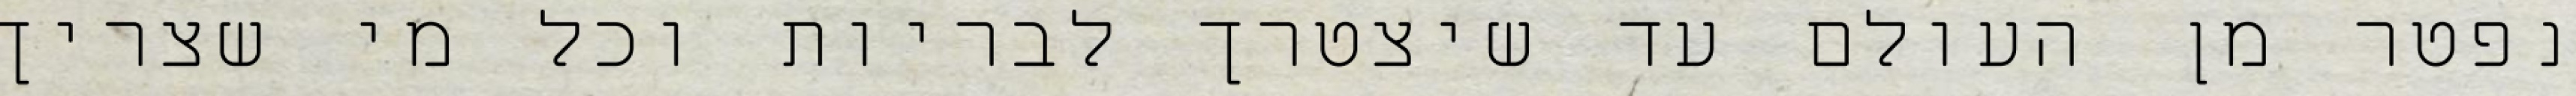
נפטר מן העולם עד שיצטרך לבריות וכל מי שצריך